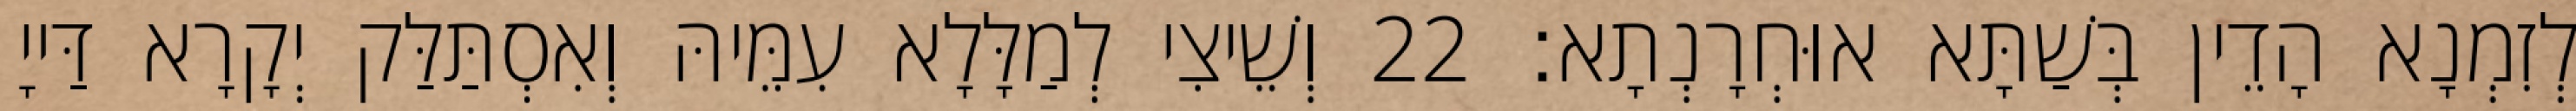
לְזִמְנָא הָדֵין בְּשַׁתָּא אוּחְרָנְתָא׃ 22 וְשֵׁיצִי לְמַלָּלָא עִמֵּיהּ וְאִסְתַּלַּק יְקָרָא דַּייָ